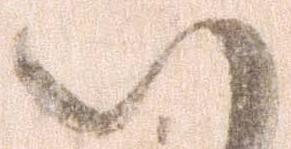
い